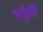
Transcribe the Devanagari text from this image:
चहेतों